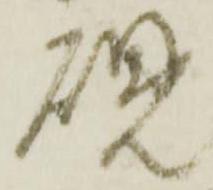
硯